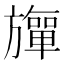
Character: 𬀚